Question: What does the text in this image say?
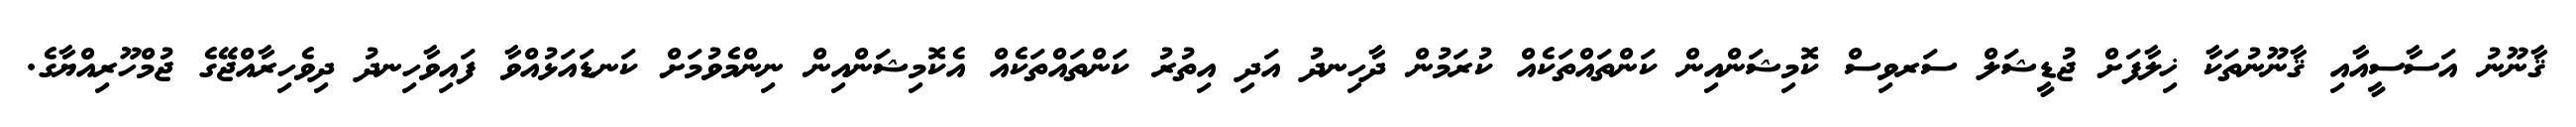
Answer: ޤާނޫނު އަސާސީއާއި ޤާނޫނުތަކާ ޚިލާފަށް ޖުޑީޝަލް ސަރވިސް ކޮމިޝަންއިން ކަންތައްތަކެއް ކުރަމުން ދާހިނދު އަދި އިތުރު ކަންތައްތަކެއް އެކޮމިޝަންއިން ނިންމެވުމަށް ކަނޑައަޅުއްވާ ފައިވާހިނދު ދިވެހިރާއްޖޭގެ ޖުމްހޫރިއްޔާގެ.